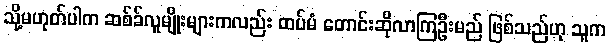
သို့မဟုတ်ပါက ဆစ်ခ်လူမျိုးများကလည်း ထပ်မံ တောင်းဆိုလာကြဦးမည် ဖြစ်သည်ဟု သူက